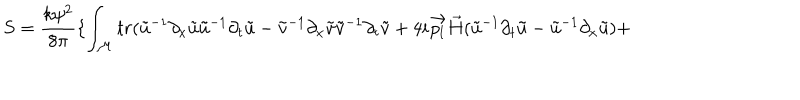
LaTeX: S = \frac { k \psi ^ { 2 } } { 8 \pi } \{ \int _ { \cal M } t r ( \tilde { u } ^ { - 1 } \partial _ { x } \tilde { u } \tilde { u } ^ { - 1 } \partial _ { t } \tilde { u } - \tilde { v } ^ { - 1 } \partial _ { x } \tilde { v } \tilde { v } ^ { - 1 } \partial _ { t } \tilde { v } + 4 i \vec { p _ { l } } \vec { H } ( \tilde { u } ^ { - 1 } \partial _ { t } \tilde { u } - \tilde { u } ^ { - 1 } \partial _ { x } \tilde { u } ) +